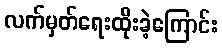
လက်မှတ်ရေးထိုးခဲ့ကြောင်း